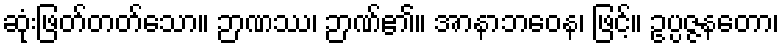
ဆုံးဖြတ်တတ်သော။ ဉာဏဿ၊ ဉာဏ်၏။ အာနာဘဝေန၊ ဖြင့်။ ဥပ္ပဇ္ဇနတော၊